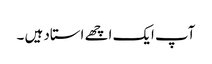
آپ ایک اچھے استاد ہیں ۔